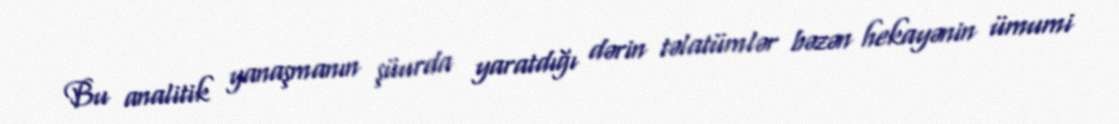
Bu analitik yanaşmanın şüurda yaratdığı dərin təlatümlər bəzən hekayənin ümumi